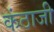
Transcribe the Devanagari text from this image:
कंठाजी